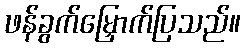
ဖန်ခွက်မြှောက်ပြသည်။